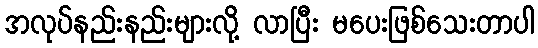
အလုပ်နည်းနည်းများလို့ လာပြီး မပေးဖြစ်သေးတာပါ